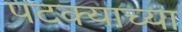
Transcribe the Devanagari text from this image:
पटक्याच्या